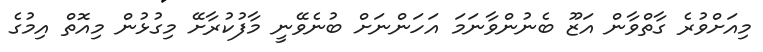
މިއަށްވުރެ ގާތްވާން އަޒޫ ބެނުންވާނަމަ އަހަންނަށް ބުނެވޭނީ މާފުކުރާށޭ މިގުޅުން މިއޮތް އިމުގެ